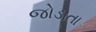
જોડાતા